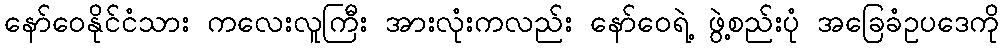
နော်ဝေနိုင်ငံသား ကလေးလူကြီး အားလုံးကလည်း နော်ဝေရဲ့ ဖွဲ့စည်းပုံ အခြေခံဥပဒေကို